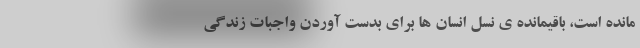
مانده است، باقیمانده ی نسل انسان ها برای بدست آوردن واجبات زندگی